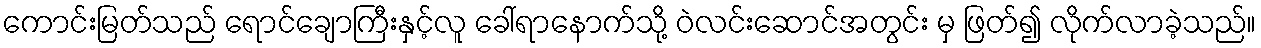
ကောင်းမြတ်သည် ရောင်ချောကြီးနှင့်လူ ခေါ်ရာနောက်သို့ ဝဲလင်းဆောင်အတွင်း မှ ဖြတ်၍ လိုက်လာခဲ့သည်။